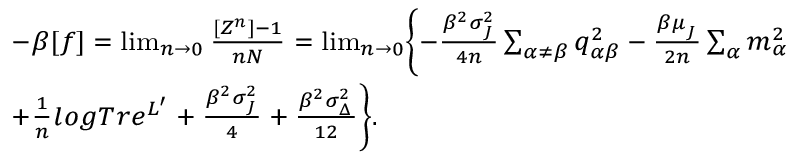
{ \footnotesize \begin{array} { r l } & { - \beta [ f ] = \operatorname* { l i m } _ { n \rightarrow 0 } \frac { [ Z ^ { n } ] - 1 } { n N } = \operatorname* { l i m } _ { n \rightarrow 0 } \Biggl \{ - \frac { \beta ^ { 2 } \sigma _ { _ { J } } ^ { 2 } } { 4 n } \sum _ { \alpha \neq \beta } q _ { \alpha \beta } ^ { 2 } - \frac { \beta \mu _ { _ { J } } } { 2 n } \sum _ { \alpha } m _ { \alpha } ^ { 2 } } \\ & { + \frac { 1 } { n } l o g T r e ^ { L ^ { \prime } } + \frac { \beta ^ { 2 } \sigma _ { _ { J } } ^ { 2 } } { 4 } + \frac { \beta ^ { 2 } \sigma _ { _ { \Delta } } ^ { 2 } } { 1 2 } \Biggr \} . } \end{array} }